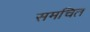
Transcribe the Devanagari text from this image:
समचित